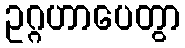
ဥဂ္ဂဟာပေတွာ